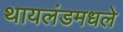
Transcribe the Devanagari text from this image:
थायलंडमधले